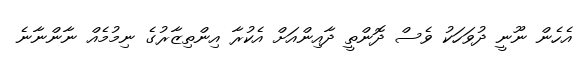
އެހެން ނޫނީ ދުވަހަކު ވެސް ދޮންތީ ދާއިންއަށް އެކުރާ އިންތިޒާރުގެ ނިމުމެއް ނާންނާނެ